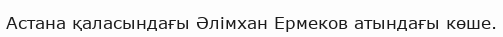
Астана қаласындағы Әлімхан Ермеков атындағы көше.